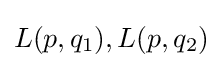
L(p,q_{1}),L(p,q_{2})